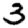
Digit: 3